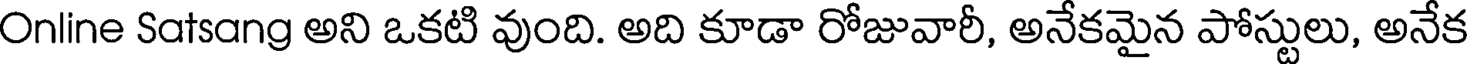
Online Satsang అని ఒకటి వుంది. అది కూడా రోజువారీ, అనేకమైన పోస్టులు, అనేక